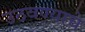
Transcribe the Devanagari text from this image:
उठवण्याचे